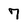
Character: 7